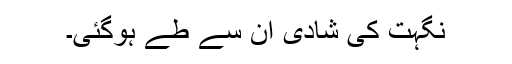
نگہت کی شادی ان سے طے ہوگئی۔